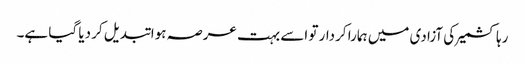
رہا کشمیر کی آزادی میں ہمارا کردار تو اسے بہت عرصہ ہوا تبدیل کر دیا گیا ہے۔